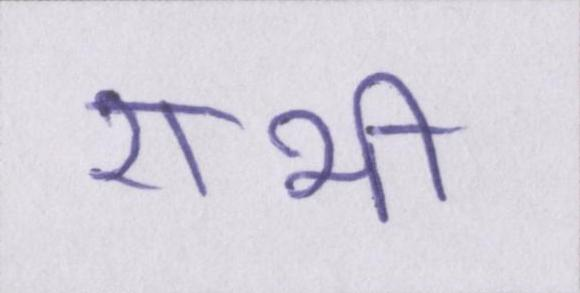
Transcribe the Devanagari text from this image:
राभी